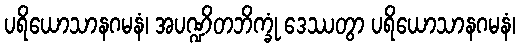
ပရိယောသာနဂမနံ၊ အပဏ္ဍိတဘိက္ခုံ ဒေဿတွာ ပရိယောသာနဂမနံ၊